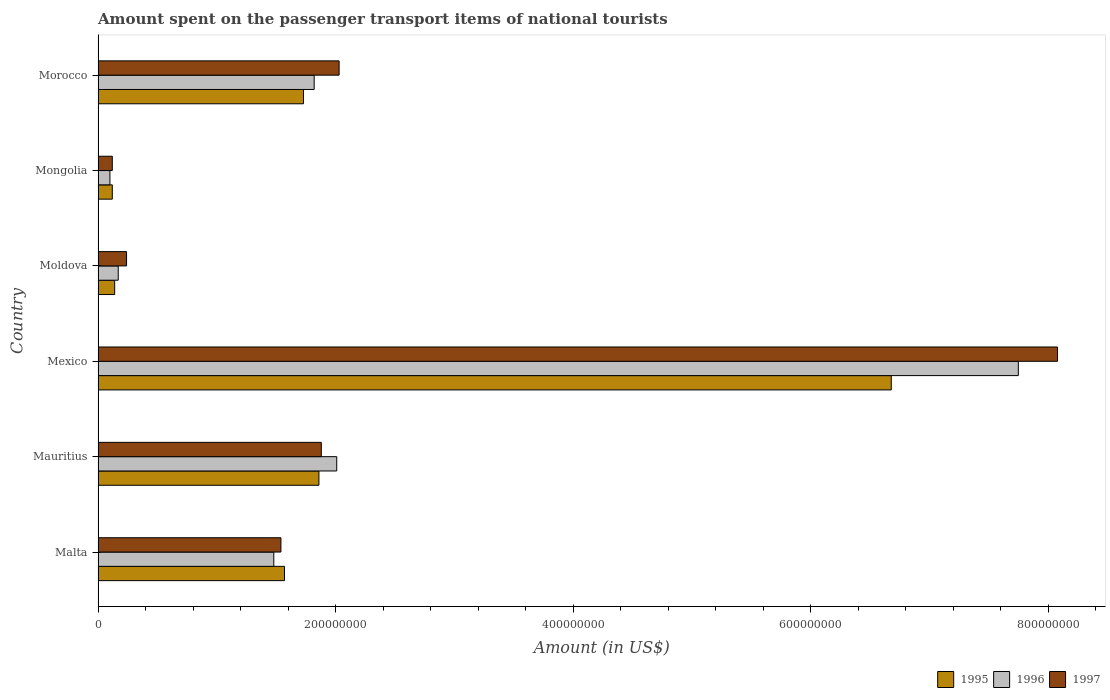
| Country | 1995 | 1996 | 1997 |
 | --- | --- | --- | --- |
 | Malta | 1.57e+08 | 1.48e+08 | 1.54e+08 |
 | Mauritius | 1.86e+08 | 2.01e+08 | 1.88e+08 |
 | Mexico | 6.68e+08 | 7.75e+08 | 8.08e+08 |
 | Moldova | 1.4e+07 | 1.7e+07 | 2.4e+07 |
 | Mongolia | 1.2e+07 | 1e+07 | 1.2e+07 |
 | Morocco | 1.73e+08 | 1.82e+08 | 2.03e+08 |